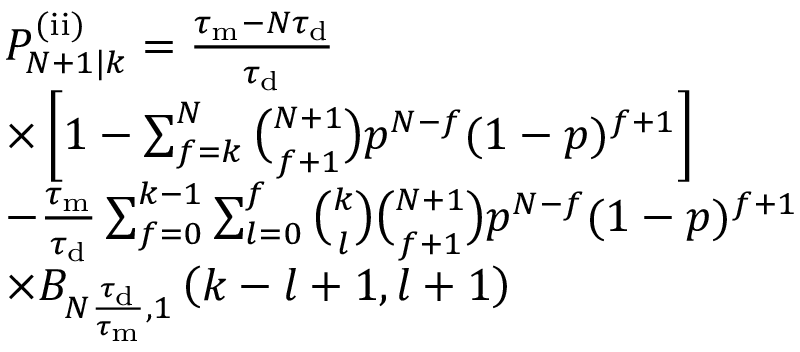
\begin{array} { r l } & { P _ { N + 1 | k } ^ { \mathrm { ( i i ) } } = \frac { \tau _ { \mathrm { m } } - N \tau _ { \mathrm { d } } } { \tau _ { \mathrm { d } } } } \\ & { \times \left[ 1 - \sum _ { f = k } ^ { N } \binom { N + 1 } { f + 1 } p ^ { N - f } ( 1 - p ) ^ { f + 1 } \right] } \\ & { - \frac { \tau _ { \mathrm { m } } } { \tau _ { \mathrm { d } } } \sum _ { f = 0 } ^ { k - 1 } \sum _ { l = 0 } ^ { f } \binom { k } { l } \binom { N + 1 } { f + 1 } p ^ { N - f } ( 1 - p ) ^ { f + 1 } } \\ & { \times B _ { N \frac { \tau _ { \mathrm { d } } } { \tau _ { \mathrm { m } } } , 1 } \left( k - l + 1 , l + 1 \right) } \end{array}